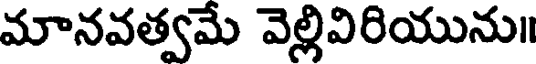
మానవత్వమే వెల్లివిరియును